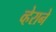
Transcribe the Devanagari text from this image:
व्हेराने